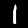
Label: 1